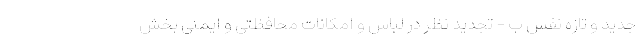
جدید و تازه نفس ب - تجدید نظر در لباس و امکانات محافظتی و ایمنی بخش